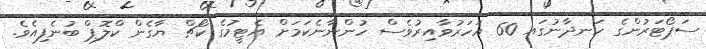
ސަޕޯޓަރުންގެ ހަނދާނުގައ 60 އަހަރުވާއިރުވެސް ހުންނާނެކަމަށް އެޓީމުގެ ކޯޗް ޔާގެން ކްލޮޕް ބުނެފިއެވެ.